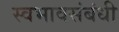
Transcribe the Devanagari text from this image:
स्वभावसंबंधी